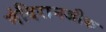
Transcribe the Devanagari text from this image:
मंदिरानजीक